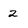
Character: 2